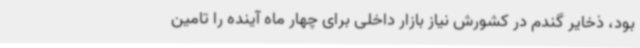
بود، ذخایر گندم در کشورش نیاز بازار داخلی برای چهار ماه آینده را تامین